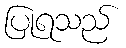
ပြုရသည်